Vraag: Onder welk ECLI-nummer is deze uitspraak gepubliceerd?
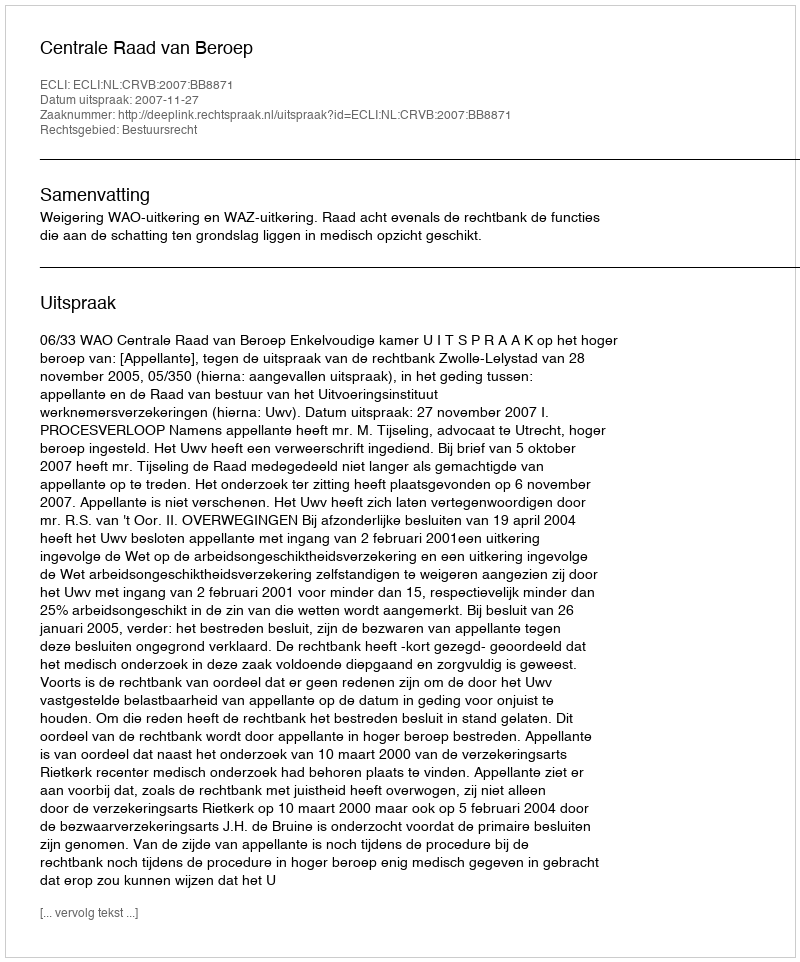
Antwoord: ECLI:NL:CRVB:2007:BB8871